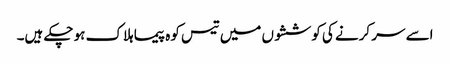
اسے سر کرنے کی کوششوں میں تیس کوہ پیما ہلاک ہو چکے ہیں۔